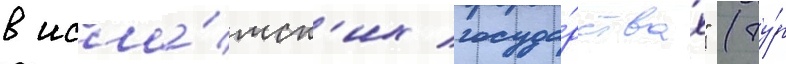
в исла́мск'их госуда́рствах" (ту́р